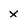
Character: x